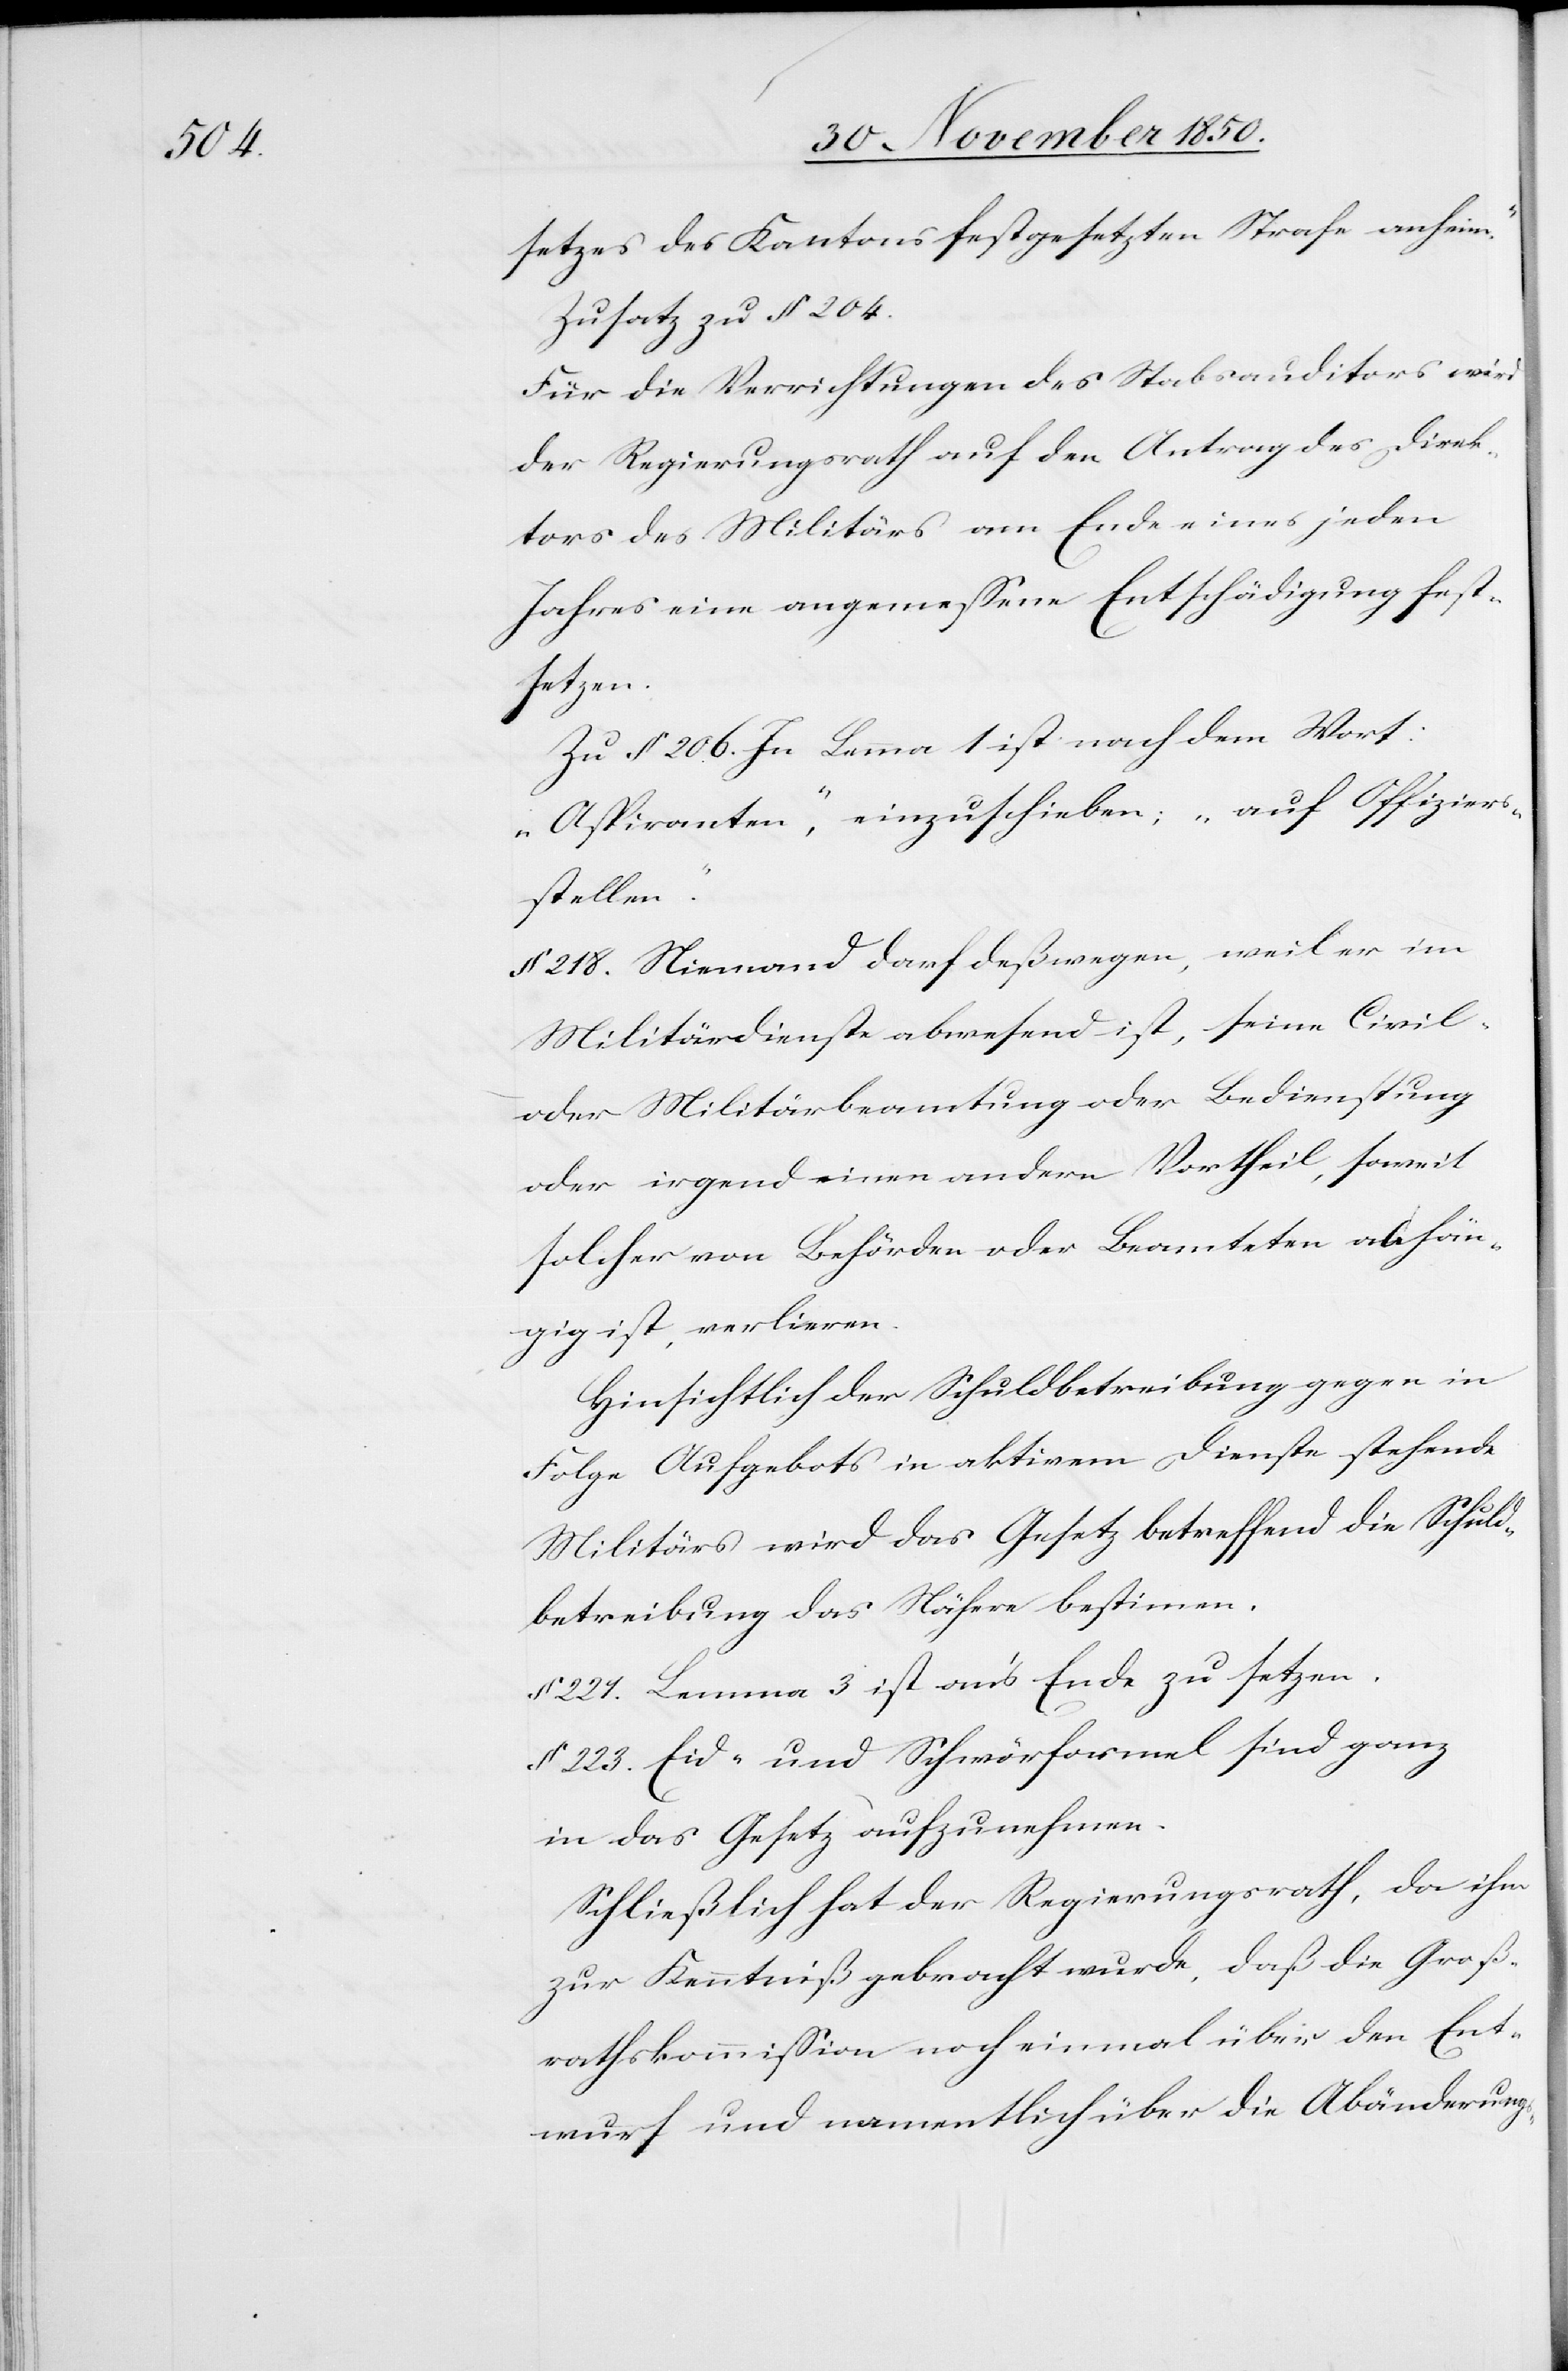
setzes des Kantons festgesetzten Strafe anheim.“
Zusatz zu § 204.
Für die Verrichtungen des Stabsauditors wird
der Regierungsrath auf den Antrag des Direk¬
tors des Militärs am Ende eines jeden
Jahres eine angemessene Entschädigung fest¬
setzen.
Zu § 206. In Lemma 1 ist nach dem Wort:
„Aspiranten“, einzuschieben; „auf Offiziers¬
stellen“.
§ 218. Niemand darf deßwegen, weil er im
Militärdienste abwesend ist, seine Civil-
oder Militärbeamtung oder Bedienstung
oder irgend einen andern Vortheil, soweit
solcher von Behörden oder Beamteten abhän¬
gig ist, verlieren.
Hinsichtlich der Schuldbetreibung gegen in
Folge Aufgebots in aktivem Dienste stehende
Militärs wird das Gesetz betreffend die Schuld¬
betreibung das Nähere bestimmen.
§ 221. Lemma 3 ist an’s Ende zu setzen.
§ 223. Eid- und Schwörformel sind ganz
in das Gesetz aufzunehmen.
Schließlich hat der Regierungsrath, da ihm
zur Kenntniß gebracht wurde, daß die Groß¬
rathskommission noch einmal über den Ent¬
wurf und namentlich über die Abänderungs-